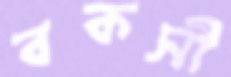
বকসী